Reports on dispensaries and lunatic asylums in the Province of Oudh - 1869-1876
Year: 1869
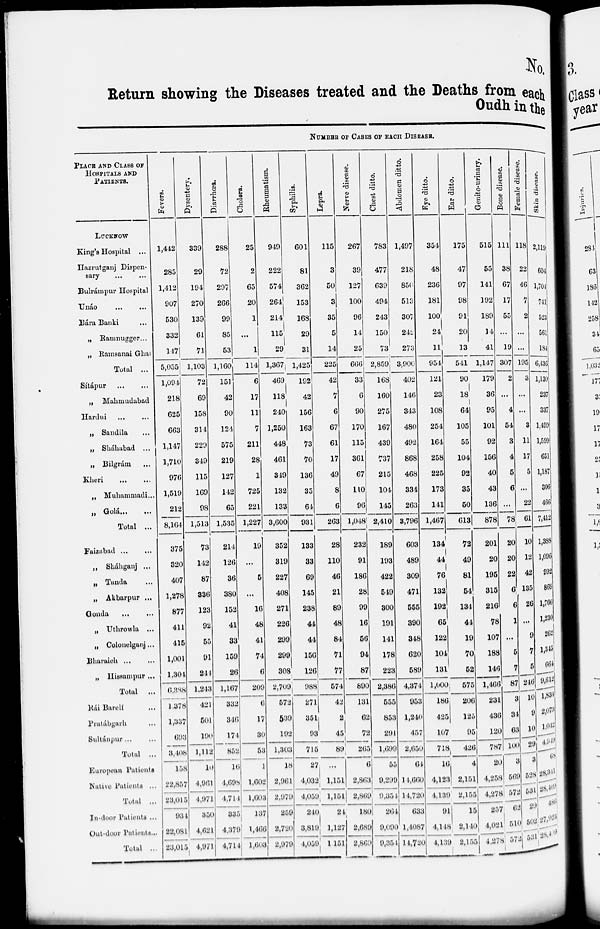
No.
Return showing the Diseases treated and the Deaths from each
Oudh in the
NUMBER OF CASES OF EACH DISEASE.
PLACE AND CLASS OF
HOSPITALS AND
PATIENTS.
LUCKNOW
King's Hospital ...
Hazrutganj Dispen-
sary ... ...
Bulrámpur Hospital
Unáo ... ...
Bára Banki ...
„ Ramnugger...
„ Ramsanai Ghat
Total ...
Sítápur ... ...
„
Mahmudabad
Hardui ... ...
„ Sandila ...
„ Sháhabad ...
„ Bilgrám
...
Kheri
...
...
„ Muhammadi ...
„
Golá ... ...
Total ...
Faizabad ... ...
„ Sháhganj ... ...
„ Tanda ...
„ Akbarpur ...
Gonda
...
...
„ Uthrowla ...
„ Colonelganj ...
Bharaich
...
...
„ Hissampur ...
Total
...
Rái Barelí ...
Pratábgarh ...
Sultánpur ...
Total ...
European Patients ...
Native Patients ...
Total ...
In-door Patients ...
Out-door Patients...
Total ...
Fevers.
1,442
285
1,412
907
530
332
117
5,055
1,091
218
625
663
1,147
1,710
976
1,519
212
8,164
375
320
407
1,278
877
411
415
1,001
1,304
0,388
1,378
1,337
693
3,408
158
22,857
23,015
934
22,081
23,015
Dysentery.
339
29
194
270
139
61
71
1,103
72
69
158
314
229
319
115
169
98
1,513
73
142
87
336
123
92
55
91
244
1,243
421
501
190
1,112
10
4,961
4,971
350
4,621
4,971
Diarrhœa.
288
72
297
266
99
85
53
1,160
151
42
90
124
575
219
127
142
65
1,535
214
126
36
380
152
41
33
159
26
1,167
332
346
174
852
16
4,698
4,714
335
4,379
4,714
Cholera.
25
2
65
20
1
...
1
114
6
17
11
7
211
28
1
725
221
1,227
19
...
5
...
16
48
41
74
6
209
6
17
30
53
1
1,602
1,603
137
1,466
1,603
Rheumatism.
949
222
574
264
214
115
29
1,367
469
118
240
1,250
448
461
319
132
133
3,600
352
319
227
408
271
226
299
299
308
2,709
572
539
192
1,303
18
2,901
2,979
259
2,720
2,979
Syphilis.
601
81
362
153
168
29
31
1,425
192
42
156
163
73
70
136
35
64
931
133
33
69
145
238
41
44
156
126
988
271
351
93
715
27
4,032
4,059
240
3,819
4,059
Lepra.
115
3
50
3
35
5
14
225
42
7
6
67
61
17
49
8
6
263
28
110
46
21
89
48
84
71
77
574
42
2
45
89
...
1,151
1,151
21
1,127
1,151
Nerve disease.
267
39
127
100
96
14
25
666
33
6
90
170
115
361
67
110
96
1,048
232
91
186
28
99
16
56
94
87
890
131
62
72
265
6
2,863
2,869
180
2,689
2,869
Chest ditto.
783
477
639
494
243
150
73
2,859
168
160
275
167
439
737
215
104
145
2,410
189
193
422
549
300
191
141
178
223
2,386
555
853
291
1,699
55
9,299
9,354
264
9,090
9,354
Abdomen ditto.
1,497
218
856
513
307
242
273
3,900
402
146
343
480
492
868
468
334
263
3,796
603
489
309
471
555
390
348
620
589
4,374
953
1,240
457
2,650
64
14,660
14,720
633
1,4087
14,720
Eye ditto.
354
48
236
181
100
24
11
954
121
23
108
254
164
258
225
173
141
1,467
134
44
76
132
192
65
122
104
131
1,000
186
425
107
718
16
4,123
4,439
91
4,148
4,139
Ear ditto.
175
47
97
98
91
20
13
541
90
18
64
105
55
104
92
35
50
613
72
49
81
54
134
44
19
70
52
575
206
125
95
426
4
2,151
2,155
15
2,140
2,155
Genito-urinary.
515
55
141
192
189
14
41
1,147
179
36
95
101
92
156
40
43
136
878
201
20
195
315
216
78
107
188
146
1,466
231
436
120
787
20
4,258
4,278
257
4,021
4,278
Bone disease.
111
38
67
17
55
...
19
307
2
...
4
54
3
4
5
6
...
78
20
20
22
6
6
1
...
5
7
87
3
34
63
100
3
569
572
62
510
572
Female
disease.
118
22
46
7
2
...
...
195
3
...
...
3
11
17
5
...
22
61
10
12
42
135
26
...
9
7
5
246
10
9
10
29
3
528
531
29
502
531
Skin disease.
2,119
604
1,704
741
523
561
184
6,436
1,130
237
337
1,499
1,599
651
1,187
306
466
7,412
1,388
1,096
992
869
1,766
1,230
262
1,345
664
9,612
1,834
2,073
1,042
4,949
68
28,341
28,409
486
27,923
28,409